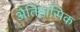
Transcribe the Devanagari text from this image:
अैतिहासिक